Madras plague regulations and rules - Volume 1
Disease focus: Plague
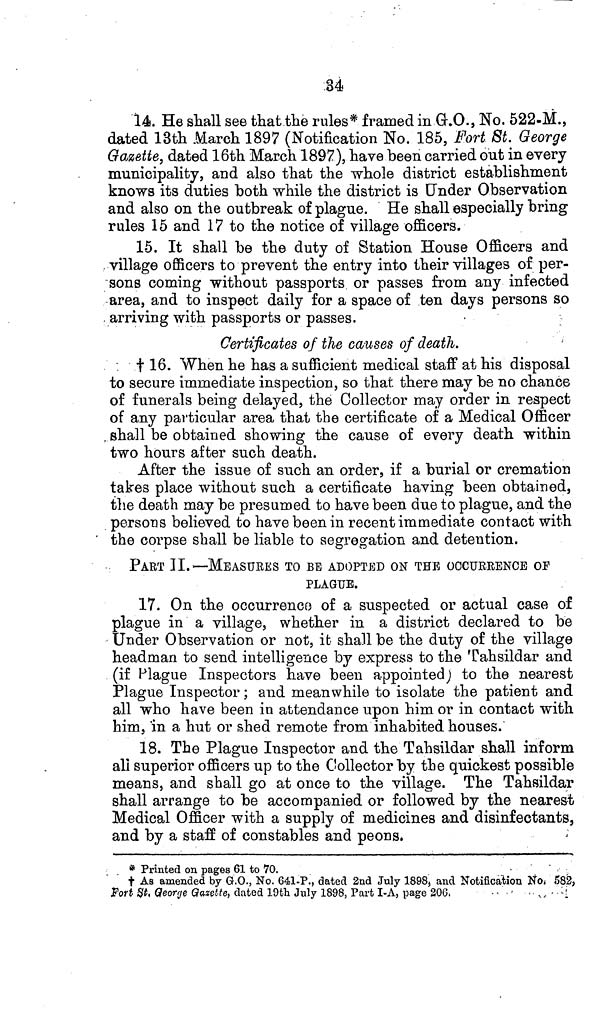
.34
14. He shall see that the rules* framed in G.O., No. 522.M.,
dated 13th March 1897 (Notification No. 185, Fort St. George
Gazette, dated 16th March 1897), have been carried out in every
municipality, and also that the whole district establishment
knows its duties both while the district is Under Observation
and also on the outbreak of plague. He shall especially bring
rules 15 and 17 to the notice of village officers.
15. It shall be the duty of Station House Officers and
village officers to prevent the entry into their villages of per-
sons coming without passports or passes from any infected
area, and to inspect daily for a space of ten days persons so
arriving with passports or passes.
Certificates of the causes of death.
† 16. When he has a sufficient medical staff at his disposal
to secure immediate inspection, so that there may be no chance
of funerals being delayed, the Collector may order in respect
of any particular area that the certificate of a Medical Officer
shall be obtained showing the cause of every death within
two hours after such death.
After the issue of such an order, if a burial or cremation
takes place without such a certificate having been obtained,
the death may be presumed to have been due to plague, and the
persons believed to have been in recent immediate contact with
the corpse shall be liable to segregation and detention.
PART II.—MEASURES TO BE ADOPTED ON THE OCCURRENCE or
PLAGUE.
17. On the occurrence of a suspected or actual case of
plague in a village, whether in a district declared to be
Under Observation or not, it shall be the duty of the village
headman to send intelligence by express to the Tahsildar and
(if Plague Inspectors have been appointed) to the nearest
Plague Inspector; and meanwhile to isolate the patient and
all who have been in attendance upon him or in contact with
him, in a hut or shed remote from inhabited houses.
18. The Plague Inspector and the Tahsildar shall inform
all superior officers up to the Collector by the quickest possible
means, and shall go at once to the village. The Tahsildar
shall arrange to be accompanied or followed by the nearest
Medical Officer with a supply of medicines and disinfectants,
and by a staff of constables and peons.
* Printed on pages 61 to 70.
† As amended by G.O., No. 641-P., dated 2nd July 1898, and Notification No. 582,
Fort St. George Gazette, dated 19th July 1898, Part I-A, page 206.